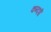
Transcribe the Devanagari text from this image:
कन्दर्पी